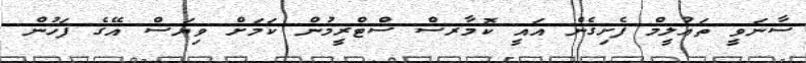
ސާނަވީ ތަޢުލީމް ފެށިގެން އައީ ކޮމާރސް ސްޓްރީމުން ކަމަށް ވިޔަސް އޭގެ ފަހުން